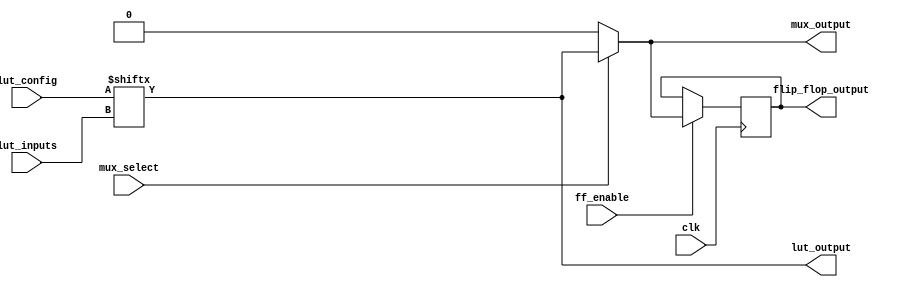
module CLB (
    input wire [3:0] lut_inputs,    // 4 inputs for the LUT
    input wire [15:0] lut_config,    // LUT configuration (truth table)
    input wire mux_select,            // MUX select signal
    input wire clk,                   // Clock signal for flip-flops
    input wire ff_enable,             // Enable signal for flip-flops
    output wire lut_output,           // Output from the LUT
    output wire mux_output,           // Output from the MUX
    output reg flip_flop_output       // Output from the flip-flop
);

// Look-Up Table (LUT)
function [0:0] lut;
    input [3:0] inputs;
    input [15:0] config;
    reg [0:0] result;
    begin
        // Interpret the LUT configuration
        result = config[inputs];
        lut = result;
    end
endfunction

// Generate LUT Output
assign lut_output = lut(lut_inputs, lut_config);

// Multiplexer for routing
assign mux_output = (mux_select) ? lut_output : 1'b0; // Simple example: Select between LUT output and zero

// Flip-Flop
always @(posedge clk) begin
    if (ff_enable) begin
        flip_flop_output <= mux_output; // Store MUX output in FF on clock edge
    end
end

endmodule